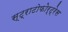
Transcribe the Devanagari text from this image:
स्ट्राटोफोर्ट्रेस